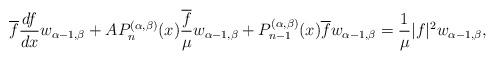
LaTeX: \begin{align*} \overline{f}\frac{df}{dx} w_{\alpha-1,\beta} + A P_n^{(\alpha,\beta)}(x) \frac {\overline{f}}\mu w_{\alpha-1,\beta} + P_{n-1}^{(\alpha,\beta)}(x)\overline{f}w_{\alpha-1,\beta} = \frac 1\mu |f|^2 w_{\alpha-1,\beta}, \end{align*}